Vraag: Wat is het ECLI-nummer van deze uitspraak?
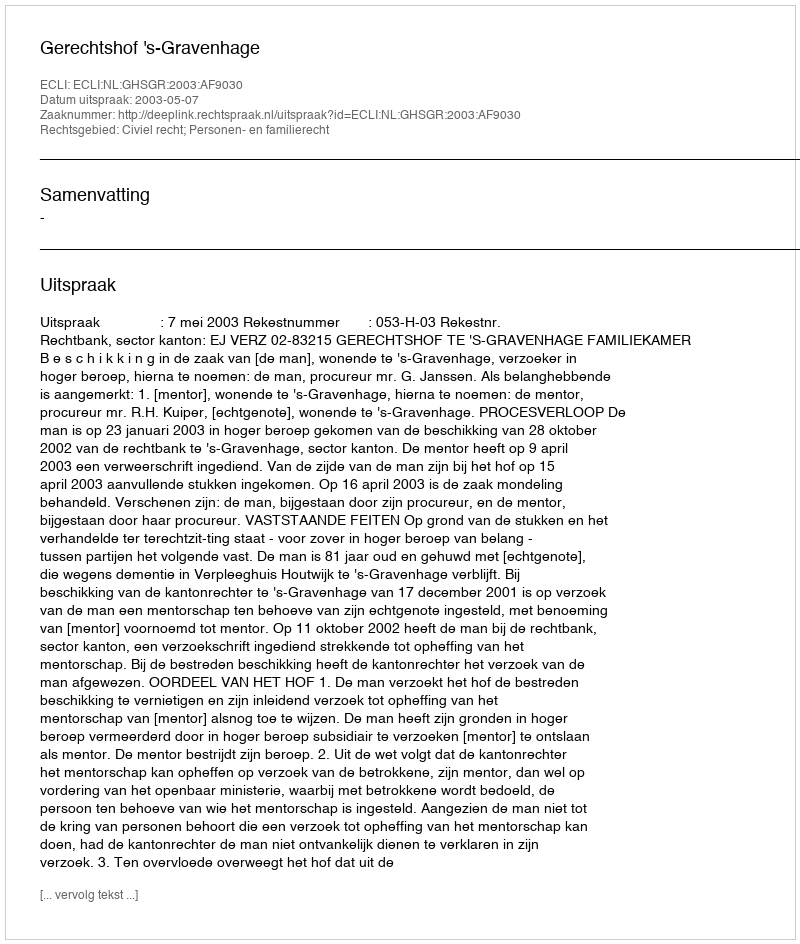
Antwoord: ECLI:NL:GHSGR:2003:AF9030